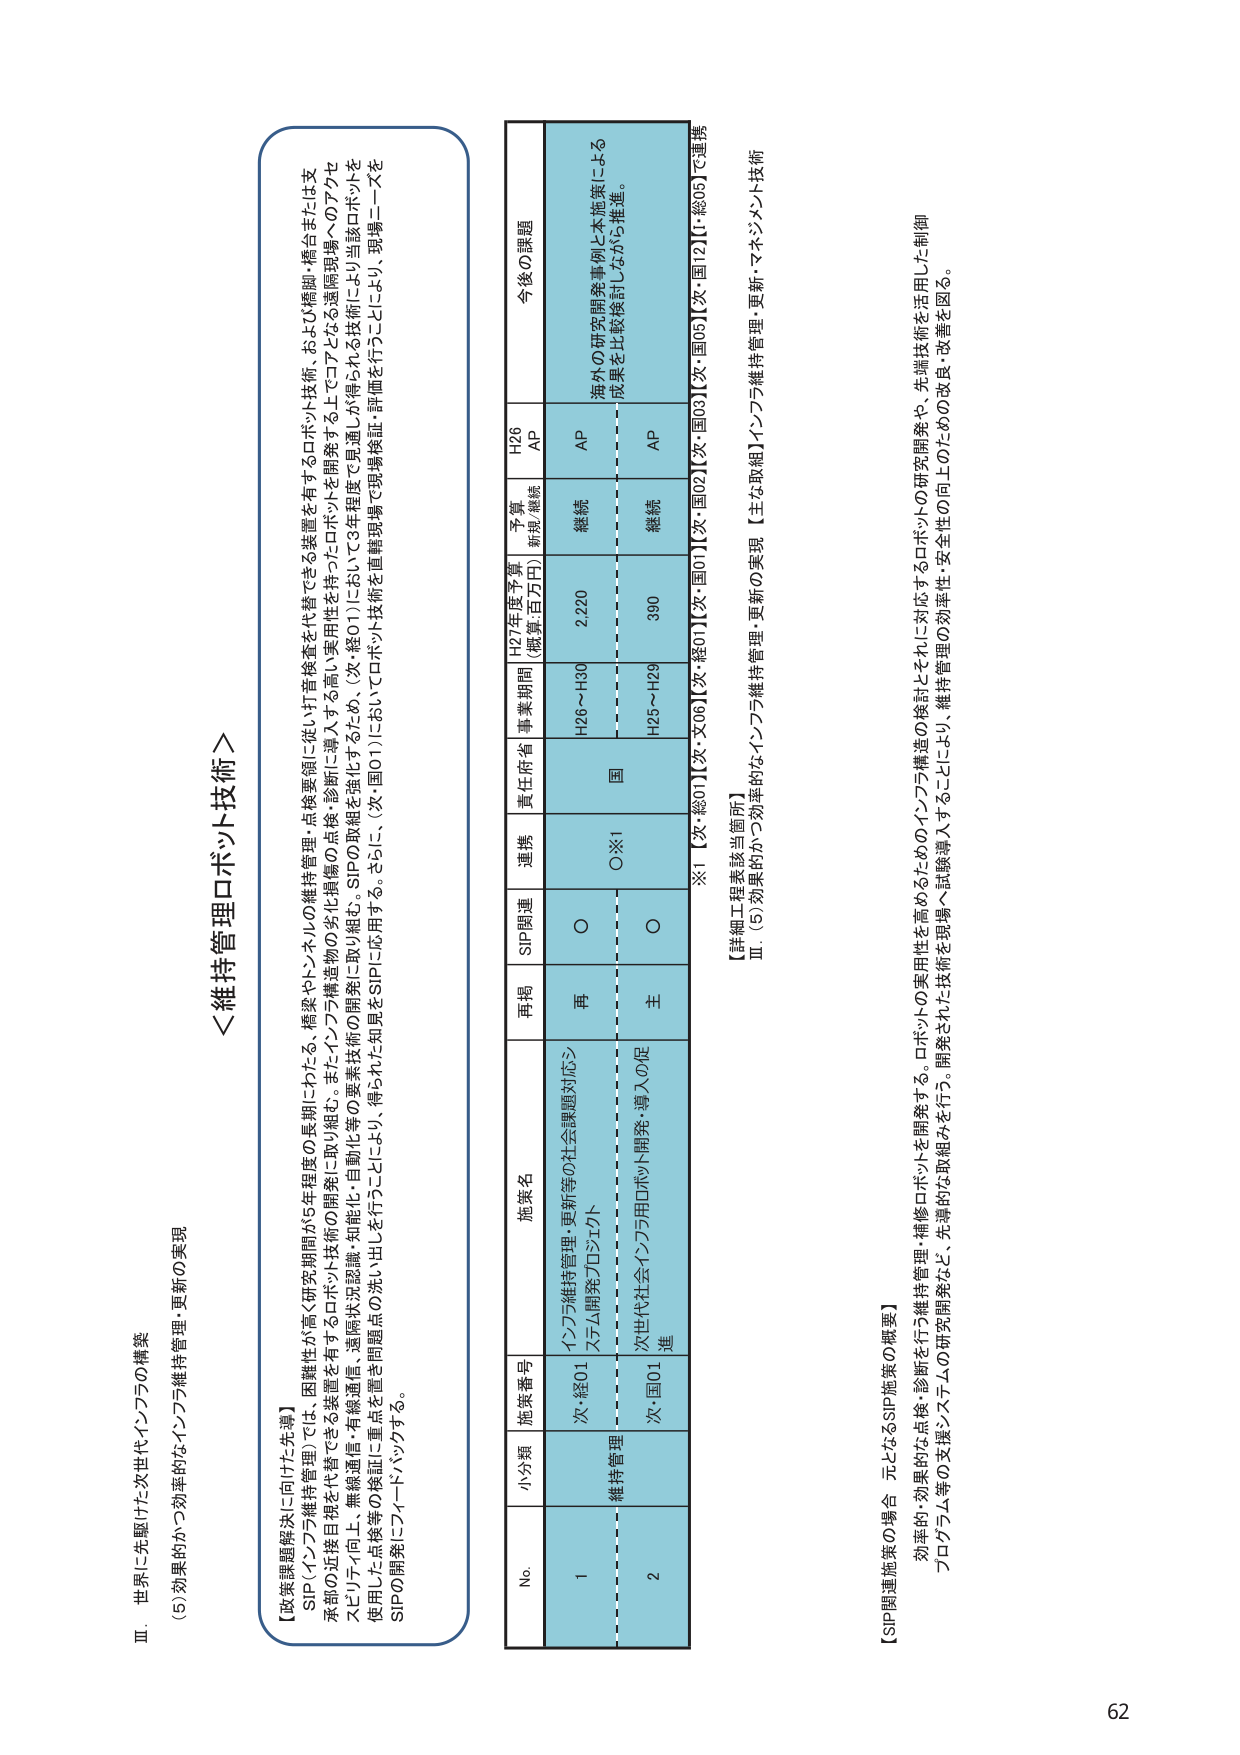
Ⅲ．世界に先駆けた次世代インフラの構築
(5) 効果的かつ効率的なインフラ維持管理・更新の実現

【政策課題解決に向けた先導】
SIP（インフラ維持管理）では、困難性が高く研究期間が6年程度の長期にわたる、橋梁やトンネルの維持管理・点検要領に従い計画検査を代替できる装置を有するロボット技術、および橋脚・橋台または支承部の近接目視を代替できる装置を有するロボット技術の開発に取り組む。また、インフラ構造物の劣化履歴の点検・診断に導入する高い実用性を持ったロボットを開発する上でコアとなる遠隔現場へのアクセスリテイ向上、無線通信・有線通信、遠隔状況認識・知能化・自動化等の要素技術の開発に取り組む。SIPの取組を強化するため、（次・総01）において3年程度で見通しが得られる技術により当該ロボットを使用した点検等の検証に重点を置き問題点の洗い出しを行うことにより、得られた知見をSIPに応用する。さらに、（次・国01）においてロボット技術を直轄現場で現場検証・評価を行うことにより、現場ニーズをSIPの開発にフィードバックする。

＜維持管理ロボット技術＞

No. 小分類 施策番号 施策名 再掲 SIP関連 連携 責任府省 事業期間 H27年度予算 （概算・百万円） 予算 新規/継続 H26 AP 今後の課題
1 維持管理 次・総01 インフラ維持管理・更新等の社会課題対応システム開発プロジェクト 再 ○ ○※1 国 H26～H30 2,220 継続 AP 海外の研究開発事例と本施策による成果を比較検討しながら推進。
2 次・国01 次世代社会インフラ用ロボット開発・導入の促進 主 ○ H25～H29 390 継続 AP

※1 【次・総01】【次・文06】【次・国01】【次・国02】【次・国03】【次・国05】【次・国12】【総05】で連携

【詳細工程表該当箇所】
Ⅲ．(5) 効果的かつ効率的なインフラ維持管理・更新の実現 【主な取組】インフラ維持管理・更新・マネジメント技術

【SIP関連施策の場合 元となるSIP施策の概要】
効率的・効果的な点検・診断を行う維持管理・補修ロボットを開発する。ロボットの実用性を高めるためのインフラ構造の検討とそれに対応するロボットの研究開発や、先端技術を活用した制御プログラム等の支援システムの研究開発など、先導的な取組みを行う。開発された技術を現場へ試験導入することにより、維持管理の効率性・安全性の向上のための改良・改善を図る。

62